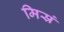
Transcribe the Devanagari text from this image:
मिस्रं